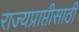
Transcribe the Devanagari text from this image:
राज्यप्राप्तीसाठी